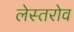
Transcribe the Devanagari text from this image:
लेस्तरोव